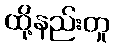
ထို့နည်းတူ